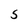
Character: s